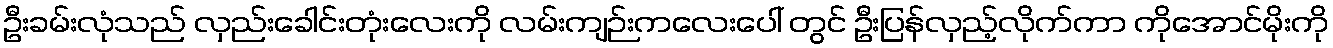
ဦးခမ်းလုံသည် လှည်းခေါင်းတုံးလေးကို လမ်းကျဉ်းကလေးပေါ် တွင် ဦးပြန်လှည့်လိုက်ကာ ကိုအောင်မိုးကို